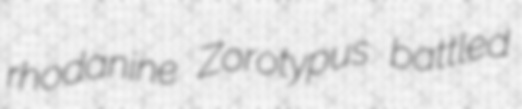
rhodanine Zorotypus battled